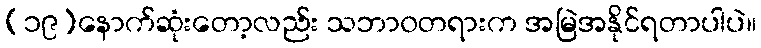
(၁၉)နောက်ဆုံးတော့လည်း သဘာ၀တရားက အမြဲအနိုင်ရတာပါပဲ။